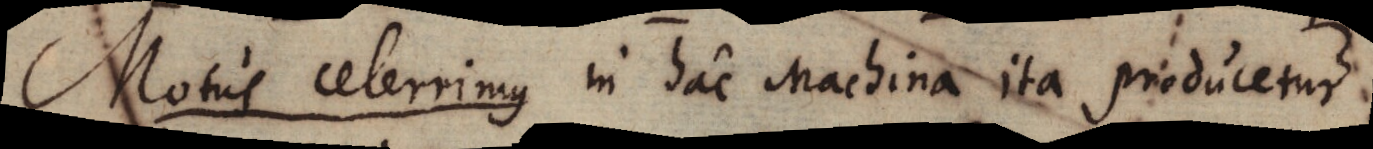
Motus celerrimus in hac Machina ita producetur.